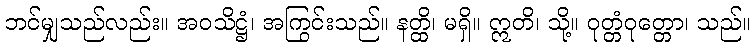
ဘင်မျှသည်လည်း။ အဝသိဋ္ဌံ၊ အကြွင်းသည်။ နတ္ထိ၊ မရှိ။ ဣတိ၊ သို့။ ဝုတ္တံဝုတ္တော၊ သည်။